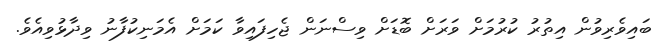
ބައިވެރިވުން އިތުރު ކުރުމަށް ވަރަށް ބޮޑަށް ވިސްނަން ޖެހިފައިވާ ކަމަށް އެމަނިކުފާނު ވިދާޅުވިއެވެ.